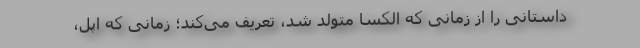
داستانی را از زمانی که الکسا متولد شد، تعریف می‌کند؛ زمانی که اپل،